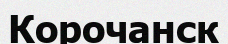
Корочанск